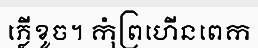
ភ្លើខូច។ កុំព្រហើនពេក